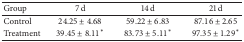
<table><thead><tr><td><b>Group</b></td><td><b>7 d</b></td><td><b>14 d</b></td><td><b>21 d</b></td></tr></thead><tbody><tr><td>Control</td><td>24.25 ± 4.68</td><td>59.22 ± 6.83</td><td>87.16 ± 2.65</td></tr><tr><td>Treatment</td><td>39.45 ± 8.11<sup><i>∗</i></sup></td><td>83.73 ± 5.11<sup><i>∗</i></sup></td><td>97.35 ± 1.29<sup><i>∗</i></sup></td></tr></tbody></table>